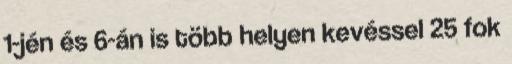
1-jén és 6-án is több helyen kevéssel 25 fok